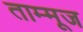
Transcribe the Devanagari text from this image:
ताम्मूज